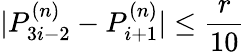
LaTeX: |P_{3i-2}^{(n)}-P_{i+1}^{(n)}|\leq\frac{r}{10}